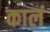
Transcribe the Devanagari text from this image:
कालं